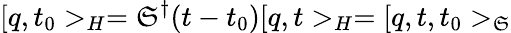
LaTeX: [q,t_{0}>_{H}=\mathfrak{S}^{\dagger}(t-t_{0})[q,t>_{H}=[q,t,t_{0}>_{\mathfrak{S}}